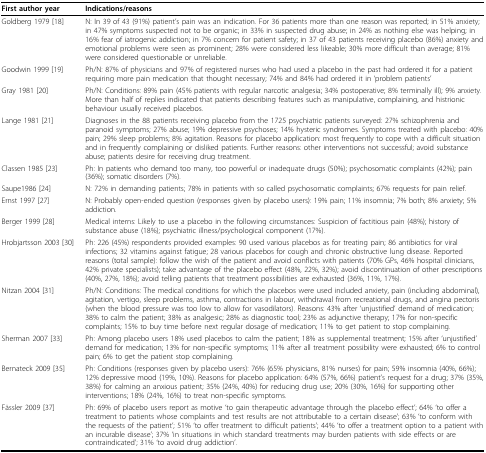
<table><thead><tr><td><b>First author year</b></td><td><b>Indications/reasons</b></td></tr></thead><tbody><tr><td>Goldberg 1979 [18]</td><td>N: In 39 of 43 (91%) patient&#x27;s pain was an indication. For 36 patients more than one reason was reported; in 51% anxiety; in 47% symptoms suspected not to be organic; in 33% in suspected drug abuse; in 24% as nothing else was helping; in 16% fear of iatrogenic addiction; in 7% concern for patient safety; in 37 of 43 patients receiving placebo (86%) anxiety and emotional problems were seen as prominent; 28% were considered less likeable; 30% more difficult than average; 81% were considered questionable or unreliable.</td></tr><tr><td>Goodwin 1999 [19]</td><td>Ph/N: 87% of physicians and 97% of registered nurses who had used a placebo in the past had ordered it for a patient requiring more pain medication that thought necessary; 74% and 84% had ordered it in &#x27;problem patients&#x27;</td></tr><tr><td>Gray 1981 [20]</td><td>Ph/N: Conditions: 89% pain (45% patients with regular narcotic analgesia; 34% postoperative; 8% terminally ill); 9% anxiety. More than half of replies indicated that patients describing features such as manipulative, complaining, and histrionic behaviour usually received placebos.</td></tr><tr><td>Lange 1981 [21]</td><td>Diagnoses in the 88 patients receiving placebo from the 1725 psychiatric patients surveyed: 27% schizophrenia and paranoid symptoms; 27% abuse; 19% depressive psychoses; 14% hysteric syndromes. Symptoms treated with placebo: 40% pain; 29% sleep problems; 8% agitation. Reasons for placebo application: most frequently to cope with a difficult situation and in frequently complaining or disliked patients. Further reasons: other interventions not successful; avoid substance abuse; patients desire for receiving drug treatment.</td></tr><tr><td>Classen 1985 [23]</td><td>Ph: In patients who demand too many, too powerful or inadequate drugs (50%); psychosomatic complaints (42%); pain (36%); somatic disorders (7%).</td></tr><tr><td>Saupe1986 [24]</td><td>N: 72% in demanding patients; 78% in patients with so called psychosomatic complaints; 67% requests for pain relief.</td></tr><tr><td>Ernst 1997 [27]</td><td>N: Probably open-ended question (responses given by placebo users): 19% pain; 11% insomnia; 7% both; 8% anxiety; 5% addiction.</td></tr><tr><td>Berger 1999 [28]</td><td>Medical interns: Likely to use a placebo in the following circumstances: Suspicion of factitious pain (48%); history of substance abuse (18%); psychiatric illness/psychological component (17%).</td></tr><tr><td>Hrobjartsson 2003 [30]</td><td>Ph: 226 (45%) respondents provided examples: 90 used various placebos as for treating pain; 86 antibiotics for viral infections; 32 vitamins against fatigue; 28 various placebos for cough and chronic obstructive lung disease. Reported reasons (total sample): follow the wish of the patient and avoid conflicts with patients (70% GPs, 46% hospital clinicians, 42% private specialists); take advantage of the placebo effect (48%, 22%, 32%); avoid discontinuation of other prescriptions (40%, 27%, 18%); avoid telling patients that treatment possibilities are exhausted (36%, 11%, 17%).</td></tr><tr><td>Nitzan 2004 [31]</td><td>Ph/N: Conditions: The medical conditions for which the placebos were used included anxiety, pain (including abdominal), agitation, vertigo, sleep problems, asthma, contractions in labour, withdrawal from recreational drugs, and angina pectoris (when the blood pressure was too low to allow for vasodilators). Reasons: 43% after &#x27;unjustified&#x27; demand of medication; 38% to calm the patient; 38% as analgesic; 28% as diagnostic tool; 23% as adjunctive therapy; 17% for non-specific complaints; 15% to buy time before next regular dosage of medication; 11% to get patient to stop complaining.</td></tr><tr><td>Sherman 2007 [33]</td><td>Ph: Among placebo users 18% used placebos to calm the patient; 18% as supplemental treatment; 15% after &#x27;unjustified&#x27; demand for medication; 13% for non-specific symptoms; 11% after all treatment possibility were exhausted; 6% to control pain; 6% to get the patient stop complaining.</td></tr><tr><td>Bernateck 2009 [35]</td><td>Ph: Conditions (responses given by placebo users): 76% (65% physicians, 81% nurses) for pain; 59% insomnia (40%, 66%); 12% depressive mood (19%, 10%). Reasons for placebo application: 64% (57%, 66%) patient&#x27;s request for a drug; 37% (35%, 38%) for calming an anxious patient; 35% (24%, 40%) for reducing drug use; 20% (30%, 16%) for supporting other interventions; 18% (24%, 16%) to treat non-specific symptoms.</td></tr><tr><td>Fässler 2009 [37]</td><td>Ph: 69% of placebo users report as motive &#x27;to gain therapeutic advantage through the placebo effect&#x27;; 64% &#x27;to offer a treatment to patients whose complaints and test results are not attributable to a certain disease&#x27;; 63% &#x27;to conform with the requests of the patient&#x27;; 51% &#x27;to offer treatment to difficult patients&#x27;; 44% &#x27;to offer a treatment option to a patient with an incurable disease&#x27;; 37% &#x27;in situations in which standard treatments may burden patients with side effects or are contraindicated&#x27;; 31% &#x27;to avoid drug addiction&#x27;.</td></tr></tbody></table>